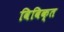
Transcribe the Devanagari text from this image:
विविक्त